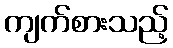
ကျက်စားသည့်